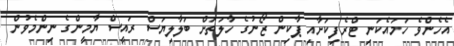
އެހެންވެ ހަމައެކަނި ޓްރެފިކަށާއި ޕާކިން ޒޯނުގެ ހާލަތަށް ބަލާލިޔަސް ރައީސް ޔާމީންގެ ނިންމެވުން